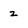
Character: z